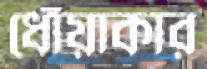
ধোঁয়াকার